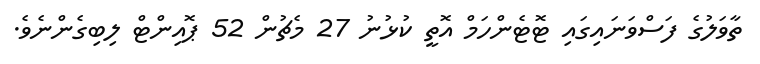
ތާވަލުގެ ފަސްވަނައިގައި ޓޮޓެންހަމް އޮތީ ކުޅުނު 27 މެޗުން 52 ޕޮއިންޓް ލިބިގެންނެވެ.